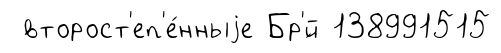
второст'еп'е́нныjе Бр'́й 138991515